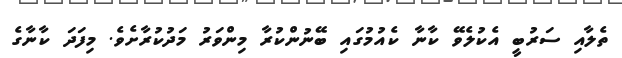
ތެލާއި ސަރުބީ އެކުލެވޭ ކާނާ ކެއުމުގައި ބޭނުންކުރާ މިންވަރު މަދުކުރާށެވެ. މިފަދަ ކާނާގެ